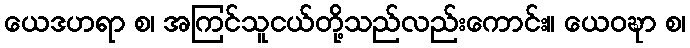
ယေဒဟရာ စ၊ အကြင်သူငယ်တို့သည်လည်းကောင်း။ ယေဝဍ္ဎာ စ၊